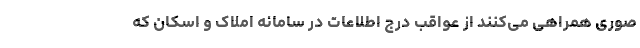
صوری همراهی می‌کنند از عواقب درج اطلاعات در سامانه املاک و اسکان که